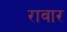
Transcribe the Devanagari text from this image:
रावार